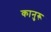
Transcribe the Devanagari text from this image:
कानुरू